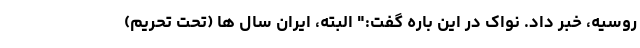
روسیه، خبر داد. نواک در این باره گفت:" البته، ایران سال ها (تحت تحریم)